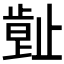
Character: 𣦕